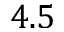
4 . 5